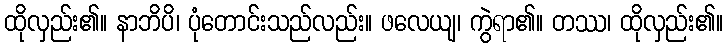
ထိုလှည်း၏။ နာဘိပိ၊ ပုံတောင်းသည်လည်း။ ဖလေယျ၊ ကွဲရာ၏။ တဿ၊ ထိုလှည်း၏။